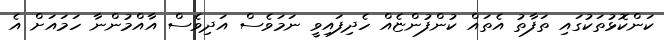
ކަންކޮޅުތަކުގައި ތަފާތު އެތައް ކުންފުންޏެއް ހެދިފައިވީ ނަމަވެސް އަދިވެސް އާއްމުންނާ ހަމައަށް އެ